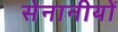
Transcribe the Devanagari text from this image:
सेनानीयों